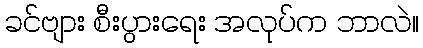
ခင်ဗျား စီးပွားရေး အလုပ်က ဘာလဲ။